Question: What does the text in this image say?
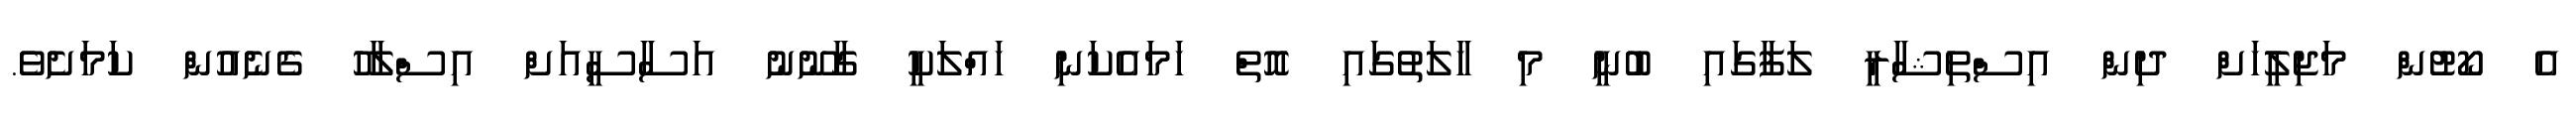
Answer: އެ ކޯޓުން މަޖިލީހަށް ދިން އިސްތިޝާރީ ލަފާގައި ބުނީ މި ހާލަތުގައި އޮތް ހަމައެކަނި ހައްލަކީ ގާނޫނު އަސާސީއަށް އިސްލާހު ގެނެއުން ކަމަށެވެ.